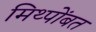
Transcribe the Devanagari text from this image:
मिथ्पोंबत